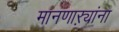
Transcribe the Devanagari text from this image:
मानणाऱ्यांना